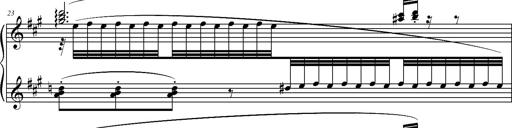
Title: 2 LÃ©gendes
Composer: Franz Liszt